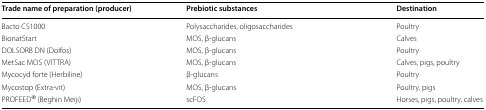
<table><thead><tr><td><b>Trade name of preparation (producer)</b></td><td><b>Prebiotic substances</b></td><td><b>Destination</b></td></tr></thead><tbody><tr><td>Bacto CS1000</td><td>Polysaccharides, oligosaccharides</td><td>Poultry</td></tr><tr><td>BionatStart</td><td>MOS, β-glucans</td><td>Calves</td></tr><tr><td>DOLSORB DN (Dolfos)</td><td>MOS, β-glucans</td><td>Poultry</td></tr><tr><td>MetSac MOS (VITTRA)</td><td>MOS, β-glucans</td><td>Calves, pigs, poultry</td></tr><tr><td>Mycocyd forte (Herbiline)</td><td>β-glucans</td><td>Poultry</td></tr><tr><td>Mycostop (Extra-vit)</td><td>MOS, β-glucans</td><td>Poultry, pigs</td></tr><tr><td>PROFEED<sup>®</sup> (Beghin Meiji)</td><td>scFOS</td><td>Horses, pigs, poultry, calves</td></tr></tbody></table>